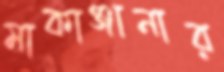
মাকাঞ্জানার